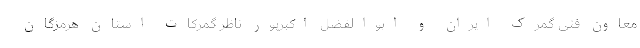
معاون فنی گمرک ایران و ابوالفضل اکبرپور ناظر گمرکات استان هرمزگان